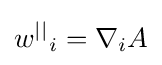
w^{||}{}_{i}=\nabla _{i}A